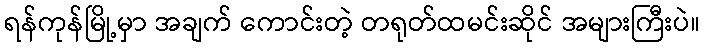
ရန်ကုန်မြို့မှာ အချက် ကောင်းတဲ့ တရုတ်ထမင်းဆိုင် အများကြီးပဲ။